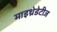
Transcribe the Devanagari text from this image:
माइथ्रेडेटीज